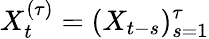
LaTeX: X_{t}^{(\tau)}=(X_{t-s})_{s=1}^{\tau}